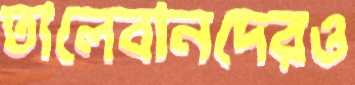
তালেবানদেরও